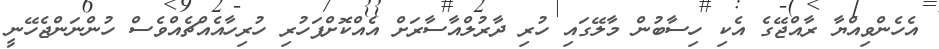
އެހެންވިއްޔާ ރާއްޖޭގެ އެކި ހިސާބުން މާލޭގައި ހުރި ދާރުލްއާސާރަށް އެއްކޮށްފަހުރި ހުރިހާއެއްޗެއްވެސް ހުންނަންޖެހޭނީ